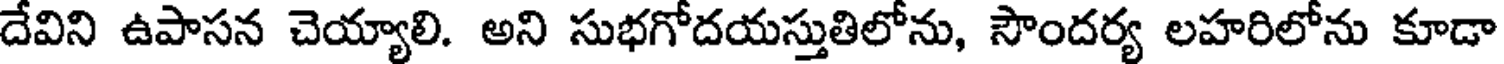
దేవిని ఉపాసన చెయ్యాలి. అని సుభగోదయస్తుతిలోను, సౌందర్య లహరిలోను కూడా